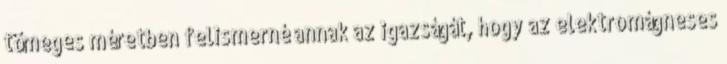
tömeges méretben felismerné annak az igazságát, hogy az elektromágneses